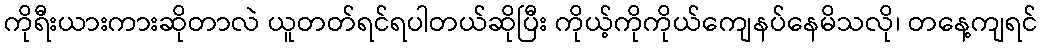
ကိုရီးယားကားဆိုတာလဲ ယူတတ်ရင်ရပါတယ်ဆိုပြီး ကိုယ့်ကိုကိုယ်ကျေနပ်နေမိသလို၊ တနေ့ကျရင်